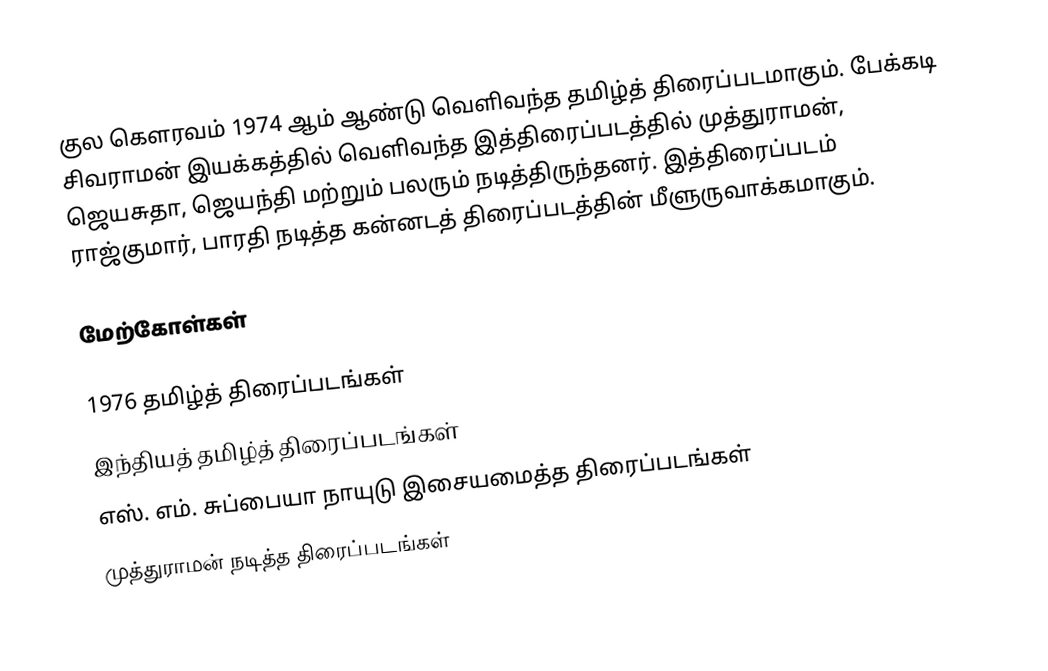
குல கௌரவம் 1974 ஆம் ஆண்டு வெளிவந்த தமிழ்த் திரைப்படமாகும். பேக்கடி சிவராமன் இயக்கத்தில் வெளிவந்த இத்திரைப்படத்தில் முத்துராமன், ஜெயசுதா, ஜெயந்தி  மற்றும் பலரும் நடித்திருந்தனர். இத்திரைப்படம் ராஜ்குமார், பாரதி நடித்த கன்னடத் திரைப்படத்தின் மீளுருவாக்கமாகும்.

மேற்கோள்கள்

1976 தமிழ்த் திரைப்படங்கள்
இந்தியத் தமிழ்த் திரைப்படங்கள்
எஸ். எம். சுப்பையா நாயுடு இசையமைத்த திரைப்படங்கள்
முத்துராமன் நடித்த திரைப்படங்கள்